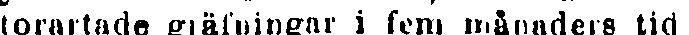
torartade gräfningar i fem månaders tid